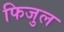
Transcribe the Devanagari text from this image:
फिजुल